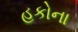
હકોના